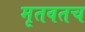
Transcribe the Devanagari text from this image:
मृतवतच